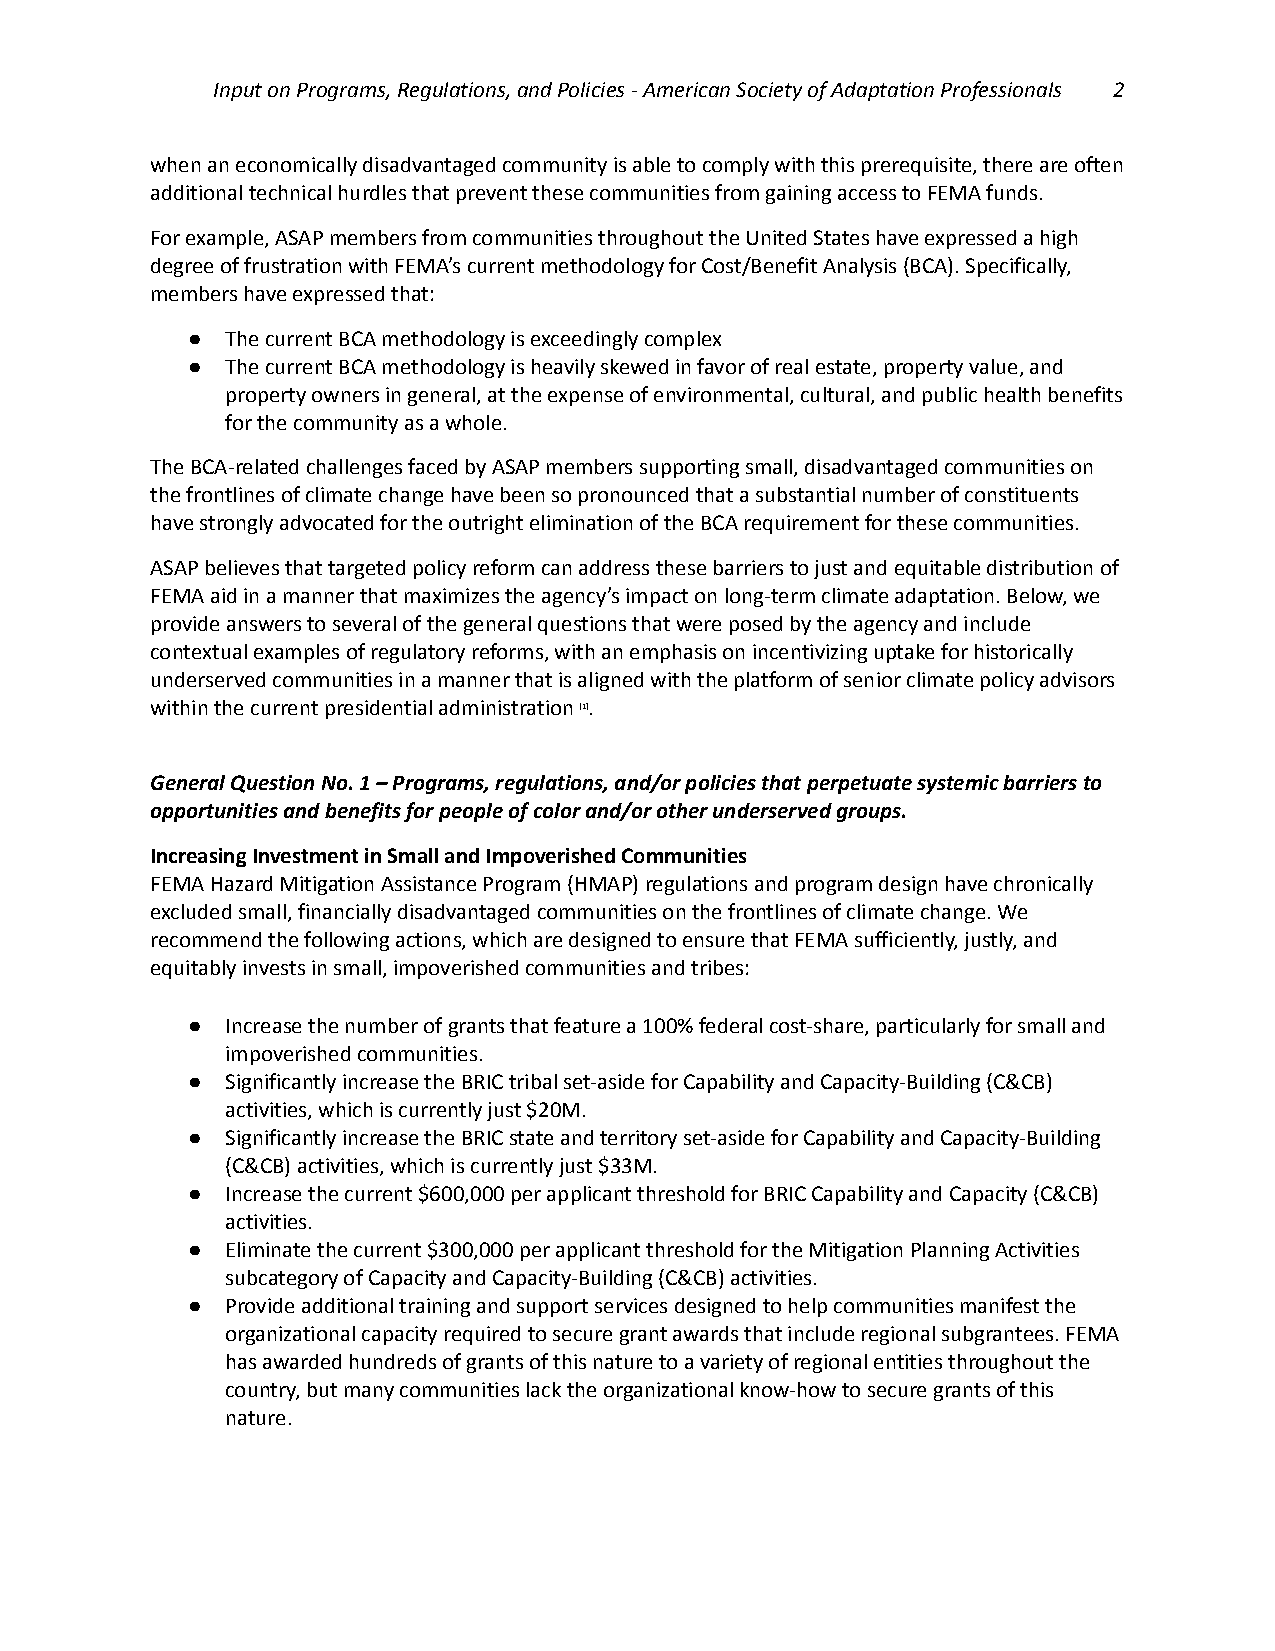
Input on Programs, Regulations, and Policies - AmericanSociety of Adaptation Professionals 2
 when an economically disadvantaged community is able to comply with this prerequisite, there are often
 additional technical hurdles that prevent these communitiesfrom gaining access to FEMA funds.
 For example, ASAP members from communities throughoutthe United States have expressed a high
 degree of frustration with FEMA’s current methodologyfor Cost/Benefit Analysis (BCA). Specifically,
 members have expressed that:
 ●  The current BCA methodology is exceedingly complex
 ●  The current BCA methodology is heavily skewed in favorof real estate, property value, and
 property owners in general, at the expense of environmental,cultural, and public health benefits
 for the community as a whole.
 The BCA-related challenges faced by ASAP members supportingsmall, disadvantaged communities on
 the frontlines of climate change have been so pronouncedthat a substantial number of constituents
 have strongly advocated for the outright eliminationof the BCA requirement for these communities.
 ASAP believes that targeted policy reform can addressthese barriers to just and equitable distributionof
 FEMA aid in a manner that maximizes the agency’s impacton long-term climate adaptation. Below, we
 provide answers to several of the general questionsthat were posed by the agency and include
 contextual examples of regulatory reforms, with anemphasis on incentivizing uptake for historically
 underserved communities in a manner that is alignedwith the platform of senior climate policy advisors
 within the current presidential administration[1].
 General Question No. 1 – Programs, regulations, and/orpolicies that perpetuate systemic barriers to
 opportunities and benefits for people of color and/orother underserved groups.
 Increasing Investment in Small and Impoverished Communities
 FEMA Hazard Mitigation Assistance Program (HMAP) regulationsand program design have chronically
 excluded small, financially disadvantaged communitieson the frontlines of climate change. We
 recommend the following actions, which are designedto ensure that FEMA sufficiently, justly, and
 equitably invests in small, impoverished communitiesand tribes:
 ●  Increase the number of grants that feature a 100%federal cost-share, particularly for small and
 impoverished communities.
 ●  Significantly increase the BRIC tribal set-aside forCapability and Capacity-Building (C&CB)
 activities, which is currently just $20M.
 ●  Significantly increase the BRIC state and territoryset-aside for Capability and Capacity-Building
 (C&CB) activities, which is currently just $33M.
 ●  Increase the current $600,000 per applicant thresholdfor BRIC Capability and Capacity (C&CB)
 activities.
 ●  Eliminate the current $300,000 per applicant thresholdfor the Mitigation Planning Activities
 subcategory of Capacity and Capacity-Building (C&CB)activities.
 ●  Provide additional training and support services designedto help communities manifest the
 organizational capacity required to secure grant awardsthat include regional subgrantees. FEMA
 has awarded hundreds of grants of this nature to avariety of regional entities throughout the
 country, but many communities lack the organizationalknow-how to secure grants of this
 nature.